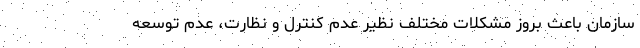
سازمان‌ باعث بروز مشکلات مختلف نظیر عدم کنترل و نظارت، عدم توسعه